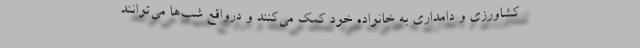
کشاورزی و دامداری به خانواده خود کمک می‌کنند و درواقع شب‌ها می‌توانند